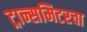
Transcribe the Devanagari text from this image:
ट्रान्समिटरचा